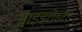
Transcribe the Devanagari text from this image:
साइडरोस्टैट